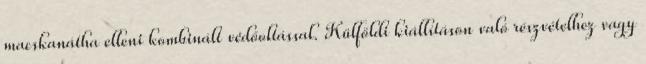
macskanátha elleni kombinált védőoltással. Külföldi kiállításon való részvételhez vagy